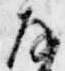
存